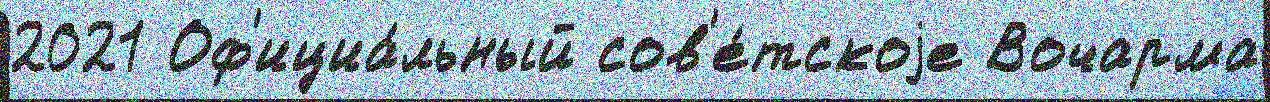
2021 Оф'ициа́льный сов'е́тскоjе Вочарма